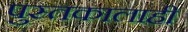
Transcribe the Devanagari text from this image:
पुस्तकालाही